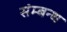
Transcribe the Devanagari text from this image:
संम्बन्ध